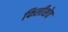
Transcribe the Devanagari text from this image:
फिलीशेव